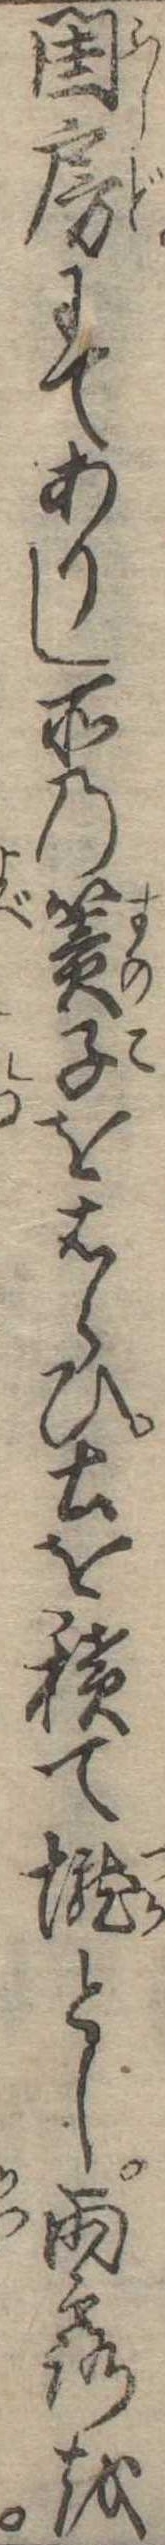
閨房にてありし所の簀子をはらひ土を積て壟とし雨露を